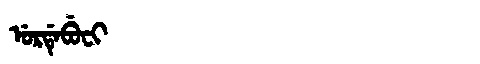
Manchu: ᡠᡵᡩᡝᠪᡠᠸᡳ
Romanization: URDEBUFI